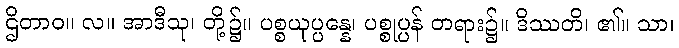
ဌိတာဝ။ လ။ အာဒီသု၊ တို့၌။ ပစ္စယုပ္ပန္နေ၊ ပစ္စုပ္ပန် တရား၌။ ဒိဿတိ၊ ၏။ သာ၊